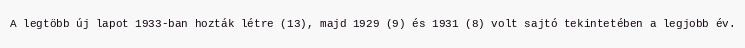
A legtöbb új lapot 1933-ban hozták létre (13), majd 1929 (9) és 1931 (8) volt sajtó tekintetében a legjobb év.